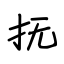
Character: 抚